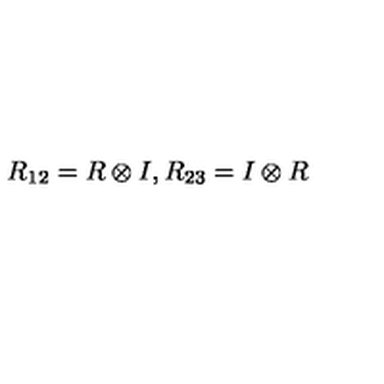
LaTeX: R _ { 1 2 } = R \otimes I , R _ { 2 3 } = I \otimes R